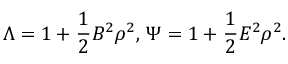
\Lambda = 1 + \frac { 1 } { 2 } B ^ { 2 } \rho ^ { 2 } , \, \Psi = 1 + \frac { 1 } { 2 } E ^ { 2 } \rho ^ { 2 } .